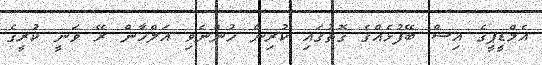
އެމްޑީޕީގެ އިސް ބޭފުޅެއްގެ ގޮތުގައި ކުރިން ހުންނެވި އަލްހާން ރޭ ވަނީ ކުރީގެ